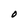
Character: O